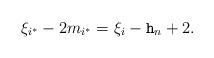
LaTeX: \begin{align*} \xi_{i^*}-2m_{i^*}= \xi_i - \mathtt{h}_n +2.\end{align*}